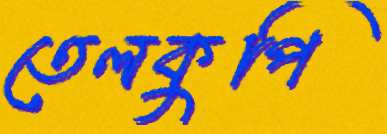
তেলকুপি